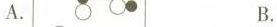
A. B.